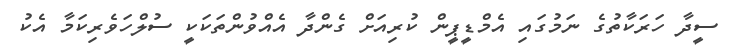
ސީދާ ހަރަކާތުގެ ނަމުގައި އެމްޑީޕީން ކުރިއަށް ގެންދާ އެއްވުންތަކަކީ ސުލްހަވެރިކަމާ އެކު